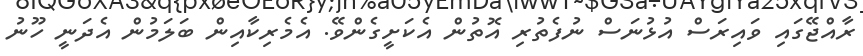
ރާއްޖޭގައި ވައިރަސް އުޅުނަސް ނުފެތުރި އޮތުން އެކަށީގެންވޭ. އެމެރިކާއިން ބަލަމުން އެދަނީ ހޫނު